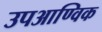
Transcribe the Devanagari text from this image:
उपआण्विक